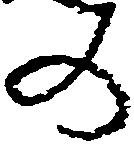
の